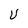
Character: U